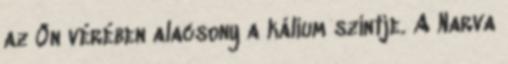
az Ön vérében alacsony a kálium szintje. A Narva